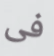
فى